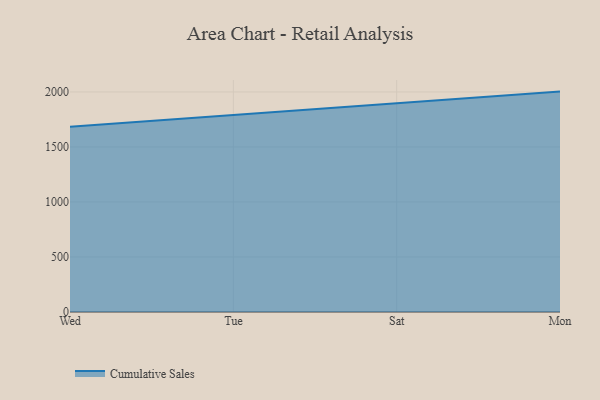
{"axis": {"x": "Day", "y": "Revenue (USD Million)"}, "legend": ["Cumulative Sales"], "data": [{"x": "Wed", "y": 1683.1, "type": "Cumulative Sales"}, {"x": "Tue", "y": 1790.2, "type": "Cumulative Sales"}, {"x": "Sat", "y": 1894.6, "type": "Cumulative Sales"}, {"x": "Mon", "y": 2003.1, "type": "Cumulative Sales"}]}